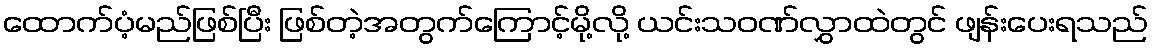
ထောက်ပံ့မည်ဖြစ်ပြီး ဖြစ်တဲ့အတွက်ကြောင့်မို့လို့ ယင်းသဝဏ်လွှာထဲတွင် ဖျန်းပေးရသည်